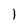
Character: 1